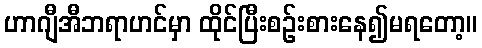
ဟာဂျီအီဘရာဟင်မှာ ထိုင်ပြီးစဉ်းစားနေ၍မရတော့။